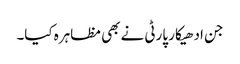
جن ادھیکار پارٹی نے بھی مظاہرہ کیا۔